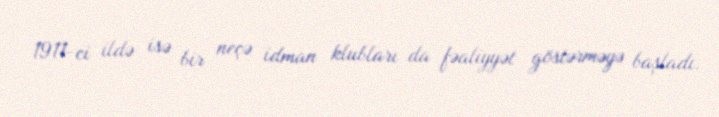
1911-ci ildə isə bir neçə idman klubları da fəaliyyət göstərməyə başladı.